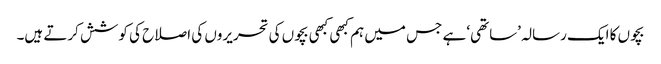
بچوں کا ایک رسالہ ’ساتھی‘ ہے جس میں ہم کبھی کبھی بچوں کی تحریروں کی اصلاح کی کوشش کرتے ہیں۔